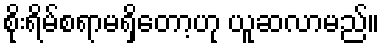
စိုးရိမ်စရာမရှိတော့ဟု ယူဆလာမည်။